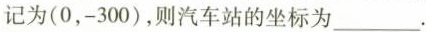
记为(0，-300)，则汽车站的坐标为___。